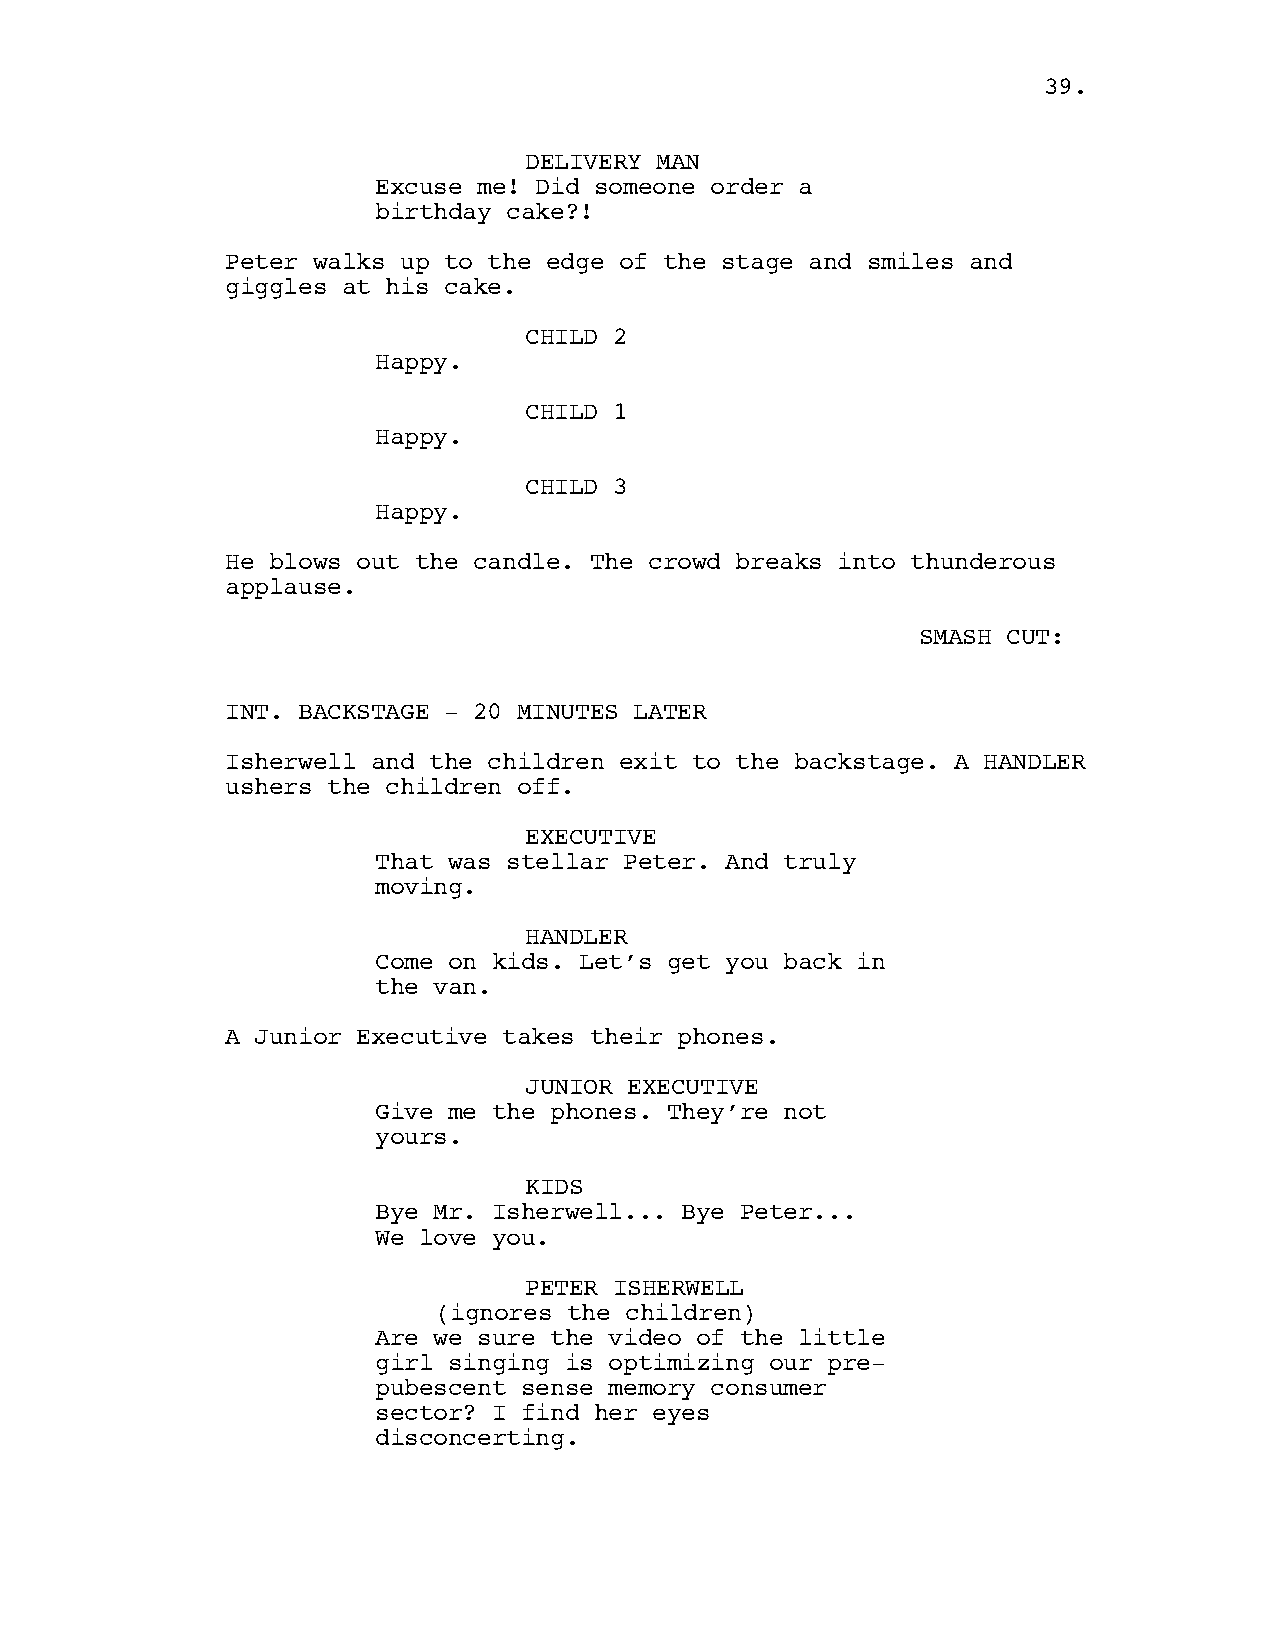
3399..
 DELIVERY MAN
 Excuse me! Did someone order a
 birthday cake?!
 Peter walks up to the edge of the stage and smiles and
 giggles at his cake.
 CHILD 2
 Happy.
 CHILD 1
 Happy.
 CHILD 3
 Happy.
 He blows out the candle. The crowd breaks into thunderous
 applause.
 SMASH CUT:
 INT. BACKSTAGE - 20 MINUTES LATER
 Isherwell and the children exit to the backstage. A HANDLER
 ushers the children off.
 EXECUTIVE
 That was stellar Peter. And truly
 moving.
 HANDLER
 Come on kids. Let’s get you back in
 the van.
 A Junior Executive takes their phones.
 JUNIOR EXECUTIVE
 Give me the phones. They’re not
 yours.
 KIDS
 Bye Mr. Isherwell... Bye Peter...
 We love you.
 PETER ISHERWELL
 (ignores the children)
 Are we sure the video of the little
 girl singing is optimizing our pre-
 pubescent sense memory consumer
 sector? I find her eyes
 disconcerting.